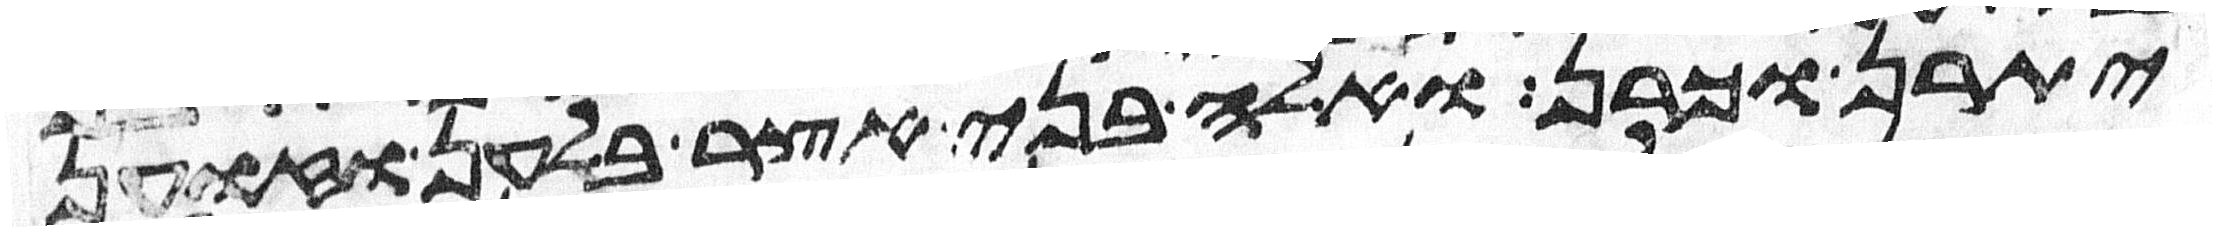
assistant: יתרן וכרן ואלה בני אצר בלהן וזוען